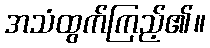
အသံထွက်ကြည့်၏။